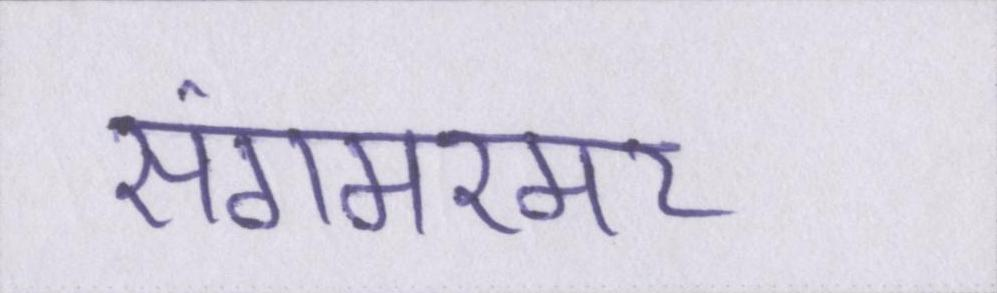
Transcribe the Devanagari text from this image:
संगमरमर